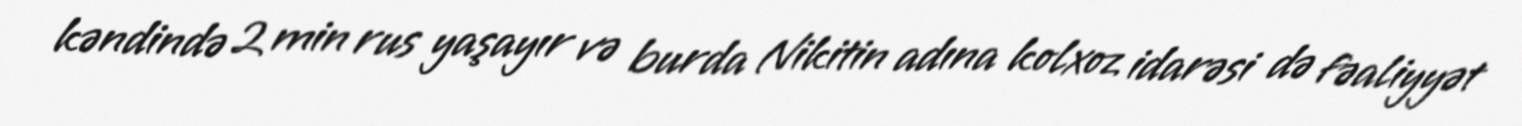
kəndində 2 min rus yaşayır və burda Nikitin adına kolxoz idarəsi də fəaliyyət